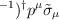
LaTeX: \begin{align*}^{-1})^{\dagger }p^{\mu }\tilde{\sigma}_{\mu }\end{align*}